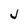
Character: J